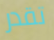
تقدر